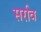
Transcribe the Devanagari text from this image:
सर्राव